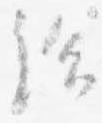
給